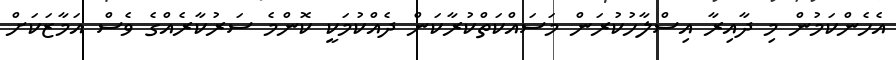
އެހެންކަމުން މި ދާއިރާ އިސްލާހުކުރަން މަސައްކަތްކުރާކަން ދެއްކުމަކީ ކޮންމެ ސަރުކާރެއްގެ ވެސް އަމާޒަކަށް